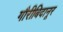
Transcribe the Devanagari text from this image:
गौरीबिदानूर